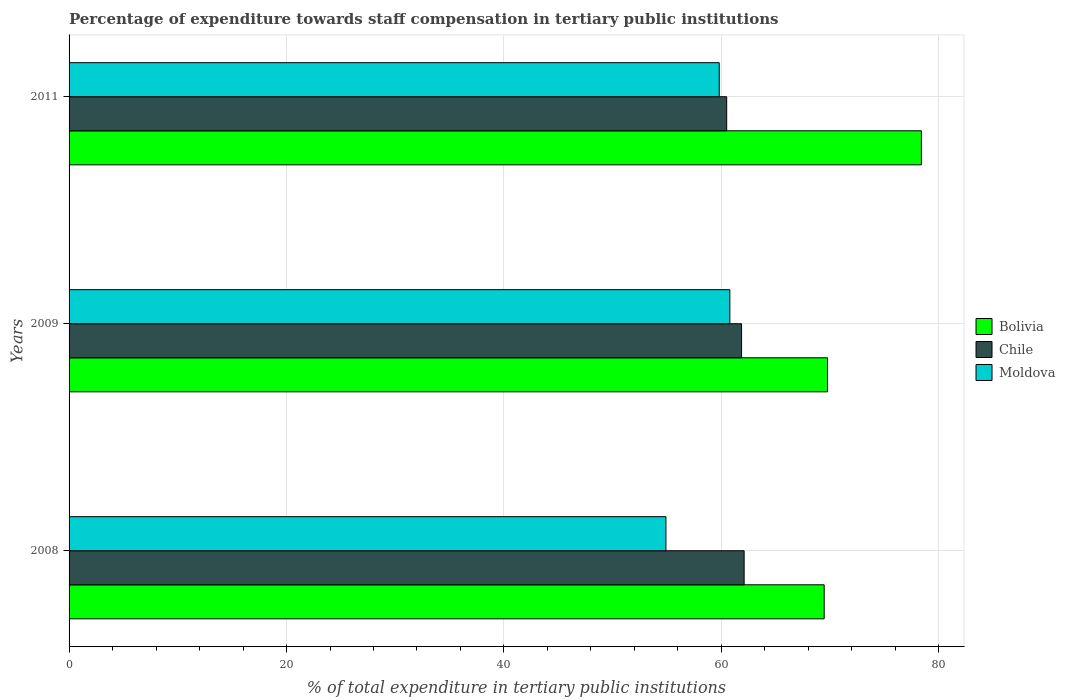
| Years | Bolivia | Chile | Moldova |
 | --- | --- | --- | --- |
 | 2008 | 69.5 | 62.1 | 54.9 |
 | 2009 | 69.8 | 61.9 | 60.8 |
 | 2011 | 78.4 | 60.5 | 59.8 |